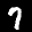
Label: 7